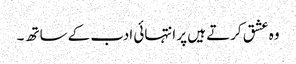
وہ عشق کرتے ہیں پر انتہائی ادب کے ساتھ ۔